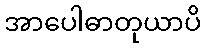
အာပေါဓာတုယာပိ